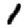
Digit: 1